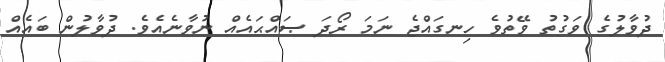
ދުވާލުގެ ވަގުތު ވޭތުވެ ހިނގައްޖެ ނަމަ ރޯދަ ޞައްޙައެއް ނުވާނެއެވެ. ދުވާލުން ބައެއް